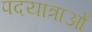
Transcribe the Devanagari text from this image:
पदयात्राओं